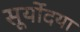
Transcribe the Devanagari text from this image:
सूर्योदया